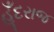
હૂઁદરાજ